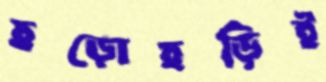
হুড়োহুড়িই